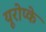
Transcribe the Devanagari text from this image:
यूरोप्के